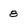
Character: 8